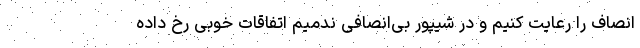
انصاف را رعایت کنیم و در شیپور بی‌انصافی ندمیم اتفاقات خوبی رخ داده